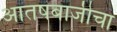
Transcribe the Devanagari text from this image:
आतषबाजीचा